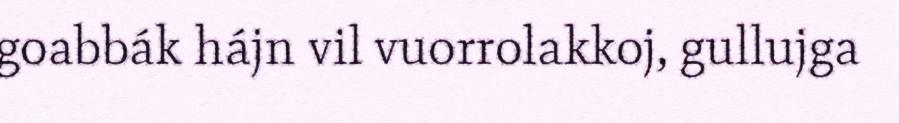
goabbák hájn vil vuorrolakkoj, gullujga